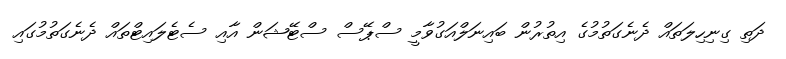
ދަތި ގިނިހިލަތައް ދެނެގަތުމުގެ އިތުރުން ބައިނަލްއަގުވާމީ ސްޕޭސް ސްޓޭޝަން އާއި ސެޓެލައިޓްތައް ދެނެގަތުމުގައި